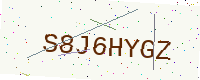
Text: S8J6HYGZ